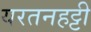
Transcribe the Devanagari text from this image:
यरतनहट्टी